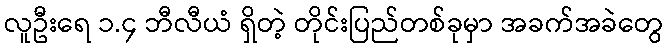
လူဦးရေ ၁.၄ ဘီလီယံ ရှိတဲ့ တိုင်းပြည်တစ်ခုမှာ အခက်အခဲတွေ